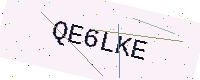
Text: QE6LKE